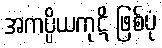
အကပ္ပိယကုဋိ ဖြစ်ပုံ